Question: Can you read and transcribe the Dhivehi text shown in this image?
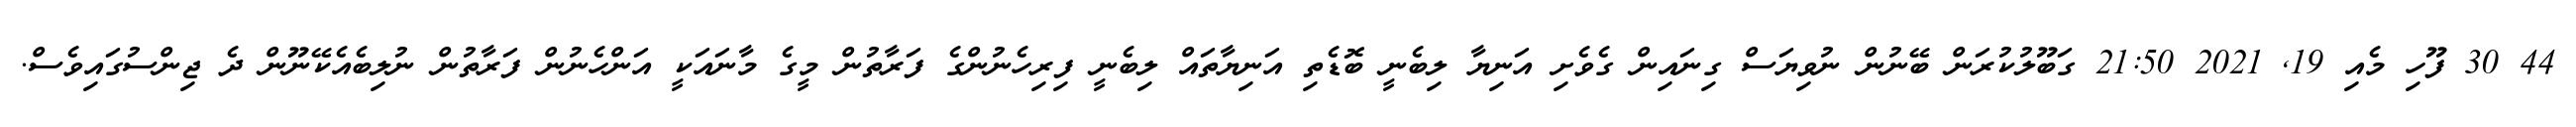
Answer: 44 30 ފޫހި މެއި 19, 2021 21:50 ގަބޫލުކުރަން ބޭނުން ނުވިޔަސް ގިނައިން ގެވެށި އަނިޔާ ލިބެނީ ބޮޑެތި އަނިޔާތައް ލިބެނީ ފިރިހެނުންގެ ފަރާތުން މީގެ މާނައަކީ އަންހެނުން ފަރާތުން ނުލިބެއެކޭނޫން ދެ ޖިންސުގައިވެސް.